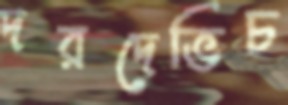
দরদেভিচ